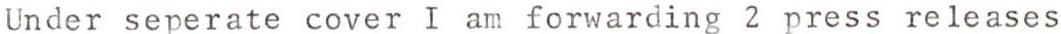
Under seperate cover I am forwarding 2 press releases